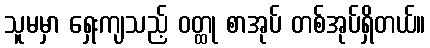
သူမမှာ ရှေးကျသည့် ဝတ္ထု စာအုပ် တစ်အုပ်ရှိတယ်။